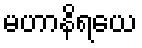
မဟာနိရယေ